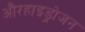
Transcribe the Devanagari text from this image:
औरहाइड्रोजन